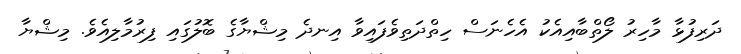
ދަރިފުޅާ މާހިރު ލޯތްބާއިއެކު އެހެނަސް ހިތްދަތިވެފައިވާ އިނދެ މިޝްޔާގެ ބޮލުގައި ފިރުމާލިއެވެ. މިޝްޔާ